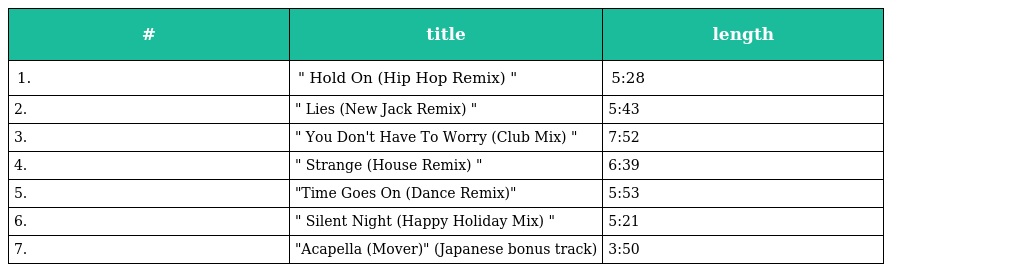
| # | title | length |
 | --- | --- | --- |
 | 1. | " Hold On (Hip Hop Remix) " | 5:28 |
 | 2. | " Lies (New Jack Remix) " | 5:43 |
 | 3. | " You Don't Have To Worry (Club Mix) " | 7:52 |
 | 4. | " Strange (House Remix) " | 6:39 |
 | 5. | "Time Goes On (Dance Remix)" | 5:53 |
 | 6. | " Silent Night (Happy Holiday Mix) " | 5:21 |
 | 7. | "Acapella (Mover)" (Japanese bonus track) | 3:50 |